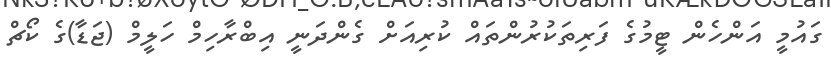
ގައުމީ އަންހެން ޓީމުގެ ފަރިތަކުރުންތައް ކުރިއަށް ގެންދަނީ އިބްރާހިމް ހަލީމް (ޖަޑާ)ގެ ކޯޗް